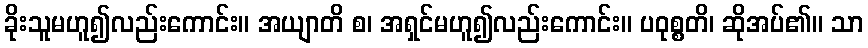
ခိုးသူမဟူ၍လည်းကောင်း။ အယျာတိ စ၊ အရှင်မဟူ၍လည်းကောင်း။ ပဝုစ္စတိ၊ ဆိုအပ်၏။ သာ